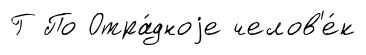
Г По Отра́дноjе челов'е́к